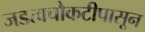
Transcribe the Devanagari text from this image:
जडत्वचौकटीपासून